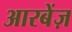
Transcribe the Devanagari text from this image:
आरबेंज़